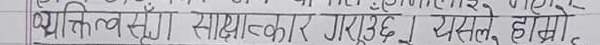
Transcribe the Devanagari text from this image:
शक्तिशील साक्षात्कार गरिएको छ। यसले हाम्रो